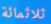
ثلاثمائة